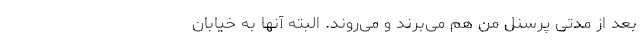
بعد از مدتی پرسنل من هم می‌بُرند و می‌روند. البته آنها به خیابان